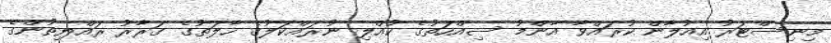
މިނިސްޓަރު އިއުލާން ކުރައްވާ އާންމު ސިއްހަތުގެ ކުއްލި ނުރައްކަލުގެ ހާލަތުގެ ގަރާރު ރައްޔިތުންގެ